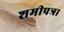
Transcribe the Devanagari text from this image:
शमीपत्र।